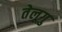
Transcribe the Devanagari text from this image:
तेलूगु